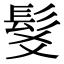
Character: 𩬃